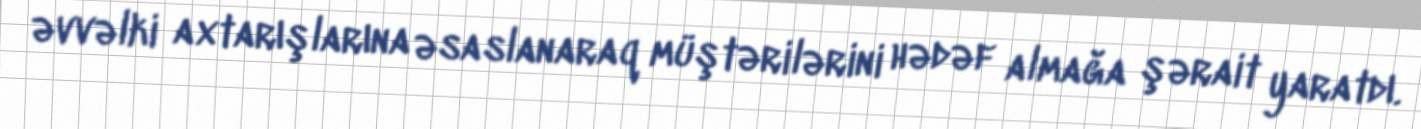
əvvəlki axtarışlarına əsaslanaraq müştərilərini hədəf almağa şərait yaratdı.